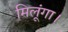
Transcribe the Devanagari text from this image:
मिलूंगा।